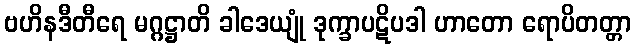
ဗဟိနဒီတီရေ မဂ္ဂဋ္ဌာတိ ခါဒေယျုံ ဒုက္ခာပဋိပဒါ ဟာတော ရောပိတတ္တာ